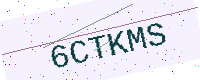
Text: 6CTKMS